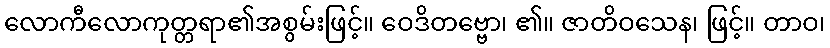
လောကီလောကုတ္တရာ၏အစွမ်းဖြင့်။ ဝေဒိတဗ္ဗော၊ ၏။ ဇာတိဝသေန၊ ဖြင့်။ တာဝ၊